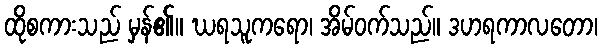
ထိုစကားသည် မှန်၏။ ဃရသူကရော၊ အိမ်ဝက်သည်။ ဒဟရကာလတော၊